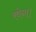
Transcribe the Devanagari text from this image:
रवेना।